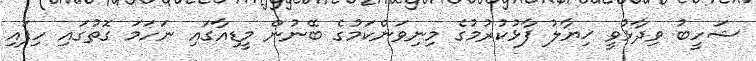
ޝަހީބު ވިދާޅުވީ ޚިޔާލު ފާޅުކުރުމުގެ މިނިވަންކަމުގެ ބޭނުން މީޑިއާގައި ނަހަމަ ގޮތުގައި ހިފައި